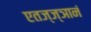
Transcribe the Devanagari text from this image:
एतज्ज्ञानं